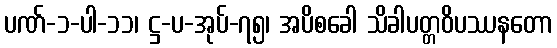
ပဏ်-၁-ပါ-၁၁၊ ဋ္ဌ-ပ-အုပ်-၇၅၊ အပိစခေါ သိခါပတ္တဝိပဿနတော